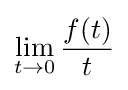
\lim _{t\to 0}{\frac {f(t)}{t}}